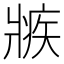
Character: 𤖏